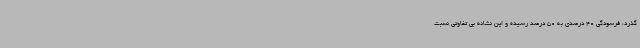
گذرد، فرسودگی 40 درصدی به 50 درصد رسیده و این نشانه بی تفاوتی نسبت